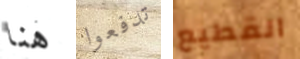
هنا تدفعوا القطيع